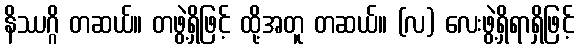
နိဿဂ္ဂိ တဆယ်။ တဖွဲ့ရှိဖြင့် ထို့အတူ တဆယ်။ (လ) လေးဖွဲ့ရှိရာရှိဖြင့်